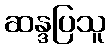
ဆန္ဒပြသူ